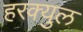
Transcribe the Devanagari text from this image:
हरक्युल